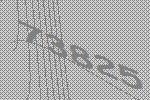
73825